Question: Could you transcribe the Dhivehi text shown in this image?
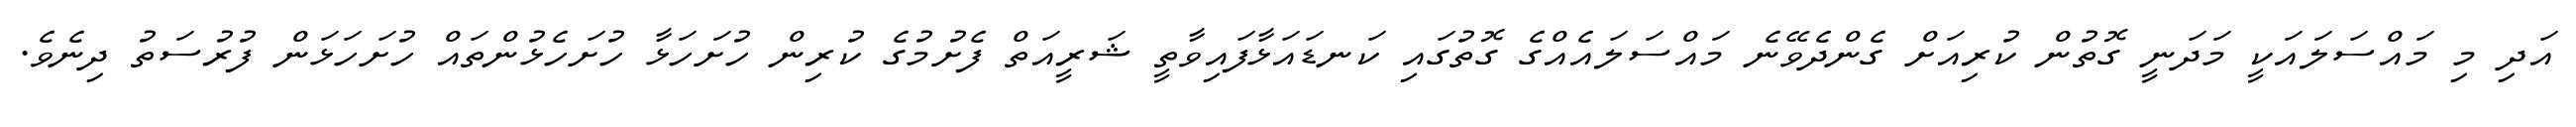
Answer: އަދި މި މައްސަލައަކީ މަދަނީ ގޮތުން ކުރިއަށް ގެންދެވޭނެ މައްސަލައެއްގެ ގޮތުގައި ކަނޑައަޅާފައިވާތީ ޝަރީއަތް ފެށުމުގެ ކުރިން ހުށަހަޅާ ހުށަހެޅުންތައް ހުށަހަޅަން ފުރުސަތު ދިނެވެ.